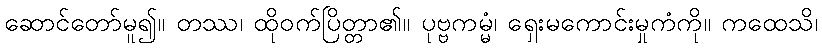
ဆောင်တော်မူ၍။ တဿ၊ ထိုဝက်ပြိတ္တာ၏။ ပုဗ္ဗကမ္မံ၊ ရှေးမကောင်းမှုကံကို။ ကထေသိ၊